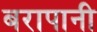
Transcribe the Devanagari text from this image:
बरापानी